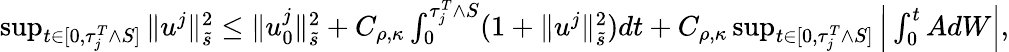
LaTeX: \begin{array}{r}{\operatorname*{sup}_{t\in[0,\tau_{j}^{T}\wedge S]}\| u^{j}\| _{\tilde{s}}^{2}\leq\| u_{0}^{j}\| _{\tilde{s}}^{2}+C_{\rho,\kappa}\int_{0}^{\tau_{j}^{T}\wedge S}(1+\| u^{j}\| _{\tilde{s}}^{2})dt+C_{\rho,\kappa}\operatorname*{sup}_{t\in[0,\tau_{j}^{T}\wedge S]}\Big|\int_{0}^{t}AdW\Big|,}\end{array}